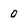
Character: 0